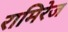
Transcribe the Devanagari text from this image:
रामिरेज